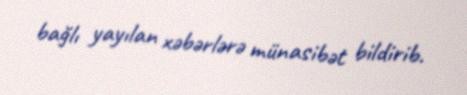
bağlı yayılan xəbərlərə münasibət bildirib.